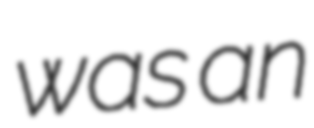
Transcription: was an